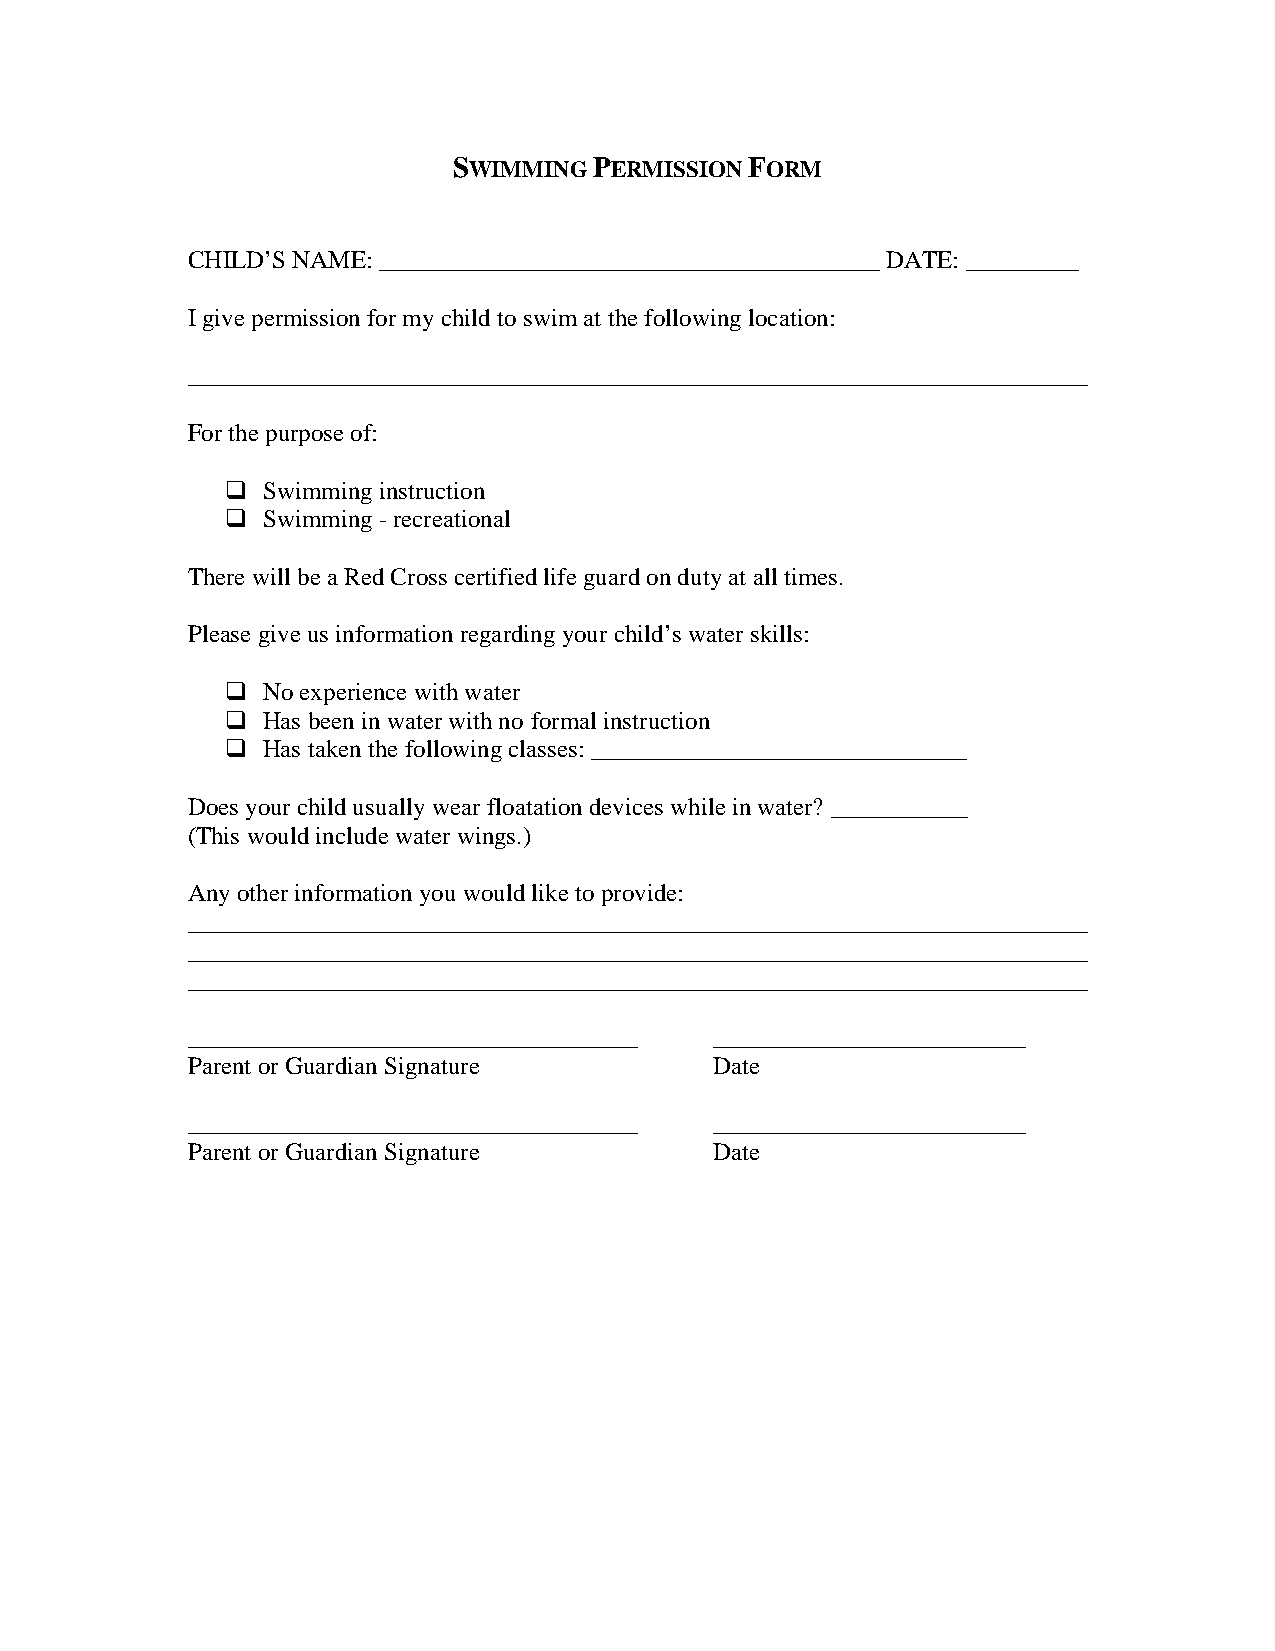
SWIMMING PERMISSION FORM
 CHILD’S NAME: ________________________________________ DATE: _________
 I give permission for my child to swim at the following location:
 ________________________________________________________________________
 For the purpose of:
  Swimming instruction
  Swimming - recreational
 There will be a Red Cross certified life guard on duty at all times.
 Please give us information regarding your child’s water skills:
  No experience with water
  Has been in water with no formal instruction
  Has taken the following classes: ______________________________
 Does your child usually wear floatation devices while in water? ___________
 (This would include water wings.)
 Any other information you would like to provide:
 ________________________________________________________________________
 ________________________________________________________________________
 ________________________________________________________________________
 ____________________________________ _________________________
 Parent or Guardian Signature       Date
 ____________________________________ _________________________
 Parent or Guardian Signature       Date